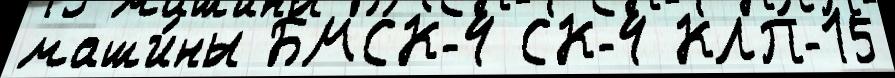
маши́ны БМСК-4 СК-4 КЛП-15